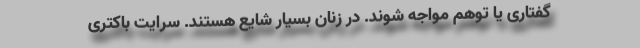
گفتاری یا توهم مواجه شوند. در زنان بسیار شایع هستند. سرایت باکتری